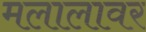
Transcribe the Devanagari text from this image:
मलालावर